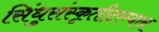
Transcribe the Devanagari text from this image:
सिंधुसंस्कृतीदरम्यान